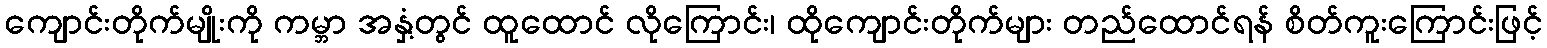
ကျောင်းတိုက်မျိုးကို ကမ္ဘာ အနှံ့တွင် ထူထောင် လိုကြောင်း၊ ထိုကျောင်းတိုက်များ တည်ထောင်ရန် စိတ်ကူးကြောင်းဖြင့်